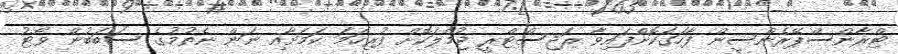
ޓްރާންސްޕޭރެންސީން ފާހަގަކޮށްފައިވާ ރަޖިސްޓްރީ ޖުމްލަކޮށް ފުރިހަމަ ކަމަށާއި ނަން ނެތުމުގެ ސަބަބުން ވޯޓު